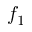
f _ { 1 }